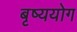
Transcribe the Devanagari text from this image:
बृष्ययोग